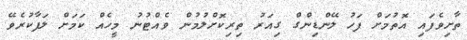
ތާށިވެފައި އޮތުމަށް ފަހު ލޭންޑިންގް ގިއަރު ތިރިކޮށްލުމުން ވެއްޓުނު މީހެއް ކަމަށް ލަފާކުރެވޭ